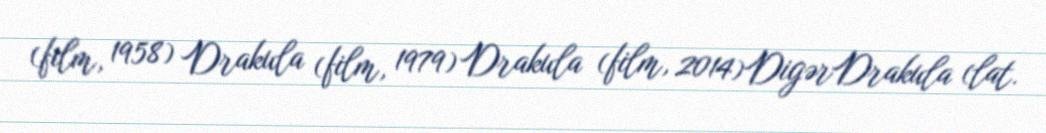
(film, 1958) Drakula (film, 1979) Drakula (film, 2014)DigərDrakula (lat.